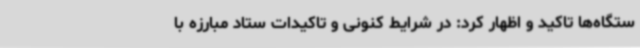
ستگاه‌ها تاکید و اظهار کرد: در شرایط کنونی و تاکیدات ستاد مبارزه با